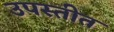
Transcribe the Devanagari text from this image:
उपस्तीत